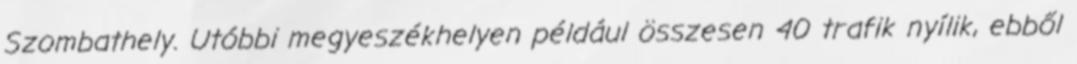
Szombathely. Utóbbi megyeszékhelyen például összesen 40 trafik nyílik, ebből